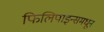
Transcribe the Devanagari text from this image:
फिलिपाइन्समधून